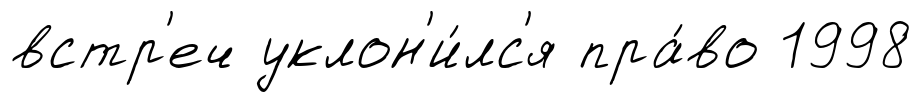
встр'еч уклон'и́лс'я пра́во 1998